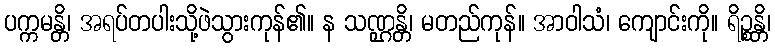
ပက္ကမန္တိ၊ အရပ်တပါးသို့ဖဲသွားကုန်၏။ န သဏ္ဌန္တိ၊ မတည်ကုန်။ အာဝါသံ၊ ကျောင်းကို။ ရိဉ္စန္တိ၊